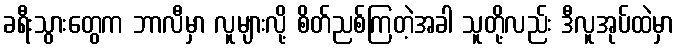
ခရီးသွားတွေက ဘာလီမှာ လူများလို့ စိတ်ညစ်ကြတဲ့အခါ သူတို့လည်း ဒီလူအုပ်ထဲမှာ